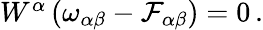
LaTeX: \begin{array}{r}{W^{\alpha}\left(\omega_{\alpha\beta}-\mathcal{F}_{\alpha\beta}\right)=0\, .}\end{array}